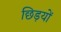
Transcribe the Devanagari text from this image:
छिड़यों